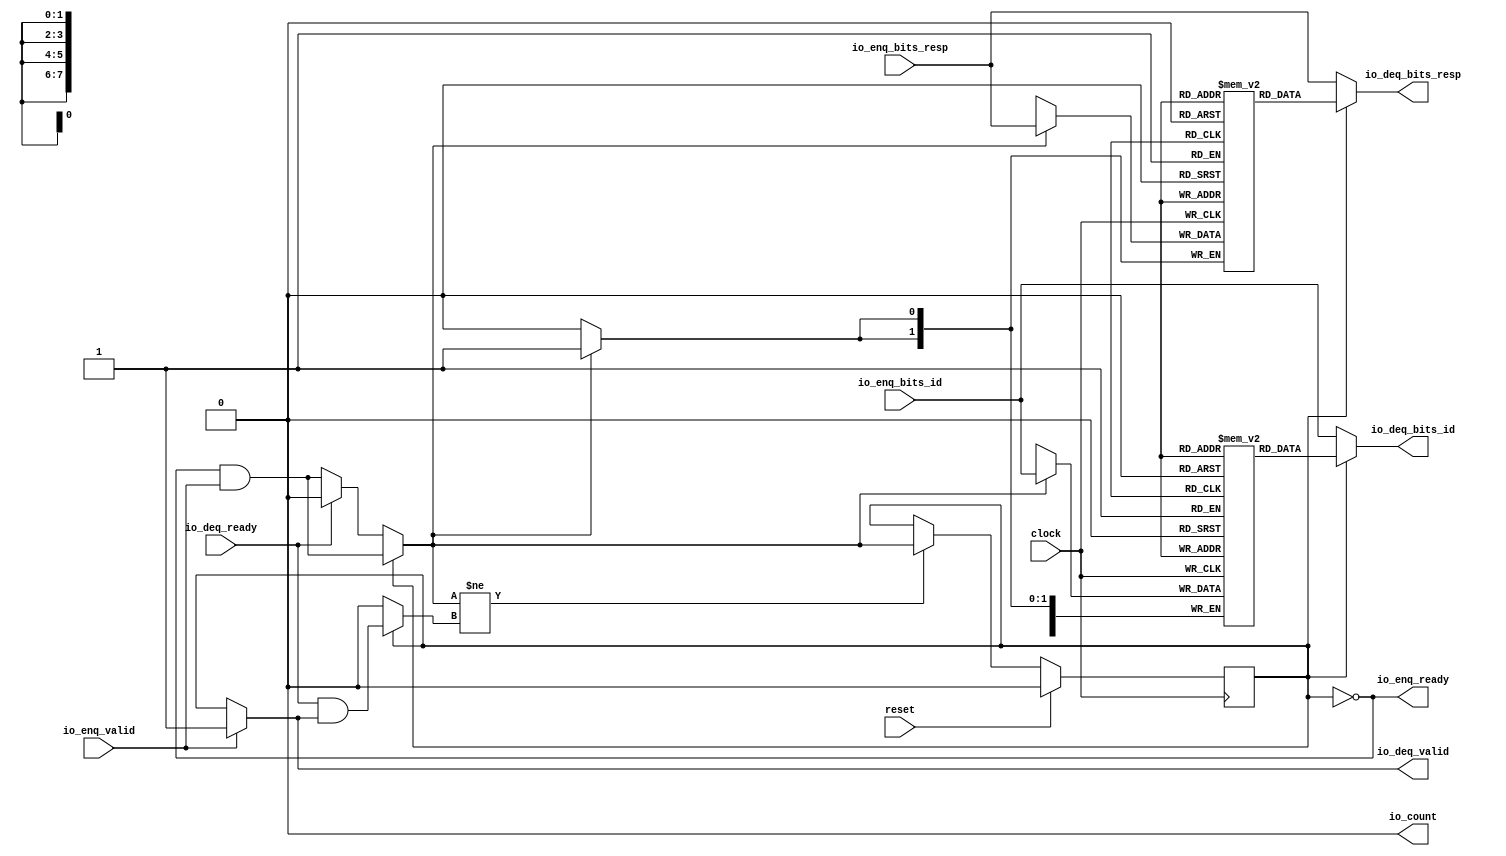
module Queue_23(
  input   clock,
  input   reset,
  output  io_enq_ready,
  input   io_enq_valid,
  input  [7:0] io_enq_bits_id,
  input  [1:0] io_enq_bits_resp,
  input   io_deq_ready,
  output  io_deq_valid,
  output [7:0] io_deq_bits_id,
  output [1:0] io_deq_bits_resp,
  output  io_count
);
  reg [7:0] ram_id [0:0];
  reg [31:0] _GEN_0;
  wire [7:0] ram_id__T_62_data;
  wire  ram_id__T_62_addr;
  wire [7:0] ram_id__T_51_data;
  wire  ram_id__T_51_addr;
  wire  ram_id__T_51_mask;
  wire  ram_id__T_51_en;
  reg [1:0] ram_resp [0:0];
  reg [31:0] _GEN_1;
  wire [1:0] ram_resp__T_62_data;
  wire  ram_resp__T_62_addr;
  wire [1:0] ram_resp__T_51_data;
  wire  ram_resp__T_51_addr;
  wire  ram_resp__T_51_mask;
  wire  ram_resp__T_51_en;
  reg  maybe_full;
  reg [31:0] _GEN_2;
  wire  _T_45;
  wire  _T_48;
  wire  do_enq;
  wire  _T_49;
  wire  do_deq;
  wire  _T_56;
  wire  _GEN_5;
  wire  _T_58;
  wire  _GEN_6;
  wire  _GEN_7;
  wire [7:0] _GEN_8;
  wire [1:0] _GEN_9;
  wire  _GEN_10;
  wire  _GEN_11;
  wire [1:0] _T_68;
  wire  _T_69;
  wire [1:0] _T_71;
  assign io_enq_ready = _T_45;
  assign io_deq_valid = _GEN_6;
  assign io_deq_bits_id = _GEN_8;
  assign io_deq_bits_resp = _GEN_9;
  assign io_count = _T_71[0];
  assign ram_id__T_62_addr = 1'h0;
  assign ram_id__T_62_data = ram_id[ram_id__T_62_addr];
  assign ram_id__T_51_data = io_enq_bits_id;
  assign ram_id__T_51_addr = 1'h0;
  assign ram_id__T_51_mask = do_enq;
  assign ram_id__T_51_en = do_enq;
  assign ram_resp__T_62_addr = 1'h0;
  assign ram_resp__T_62_data = ram_resp[ram_resp__T_62_addr];
  assign ram_resp__T_51_data = io_enq_bits_resp;
  assign ram_resp__T_51_addr = 1'h0;
  assign ram_resp__T_51_mask = do_enq;
  assign ram_resp__T_51_en = do_enq;
  assign _T_45 = maybe_full == 1'h0;
  assign _T_48 = io_enq_ready & io_enq_valid;
  assign do_enq = _GEN_11;
  assign _T_49 = io_deq_ready & io_deq_valid;
  assign do_deq = _GEN_10;
  assign _T_56 = do_enq != do_deq;
  assign _GEN_5 = _T_56 ? do_enq : maybe_full;
  assign _T_58 = _T_45 == 1'h0;
  assign _GEN_6 = io_enq_valid ? 1'h1 : _T_58;
  assign _GEN_7 = io_deq_ready ? 1'h0 : _T_48;
  assign _GEN_8 = _T_45 ? io_enq_bits_id : ram_id__T_62_data;
  assign _GEN_9 = _T_45 ? io_enq_bits_resp : ram_resp__T_62_data;
  assign _GEN_10 = _T_45 ? 1'h0 : _T_49;
  assign _GEN_11 = _T_45 ? _GEN_7 : _T_48;
  assign _T_68 = 1'h0 - 1'h0;
  assign _T_69 = _T_68[0:0];
  assign _T_71 = {maybe_full,_T_69};
`ifdef RANDOMIZE
  integer initvar;
  initial begin
    `ifndef verilator
      #0.002 begin end
    `endif
  _GEN_0 = {1{$random}};
  `ifdef RANDOMIZE_MEM_INIT
  for (initvar = 0; initvar < 1; initvar = initvar+1)
    ram_id[initvar] = _GEN_0[7:0];
  `endif
  _GEN_1 = {1{$random}};
  `ifdef RANDOMIZE_MEM_INIT
  for (initvar = 0; initvar < 1; initvar = initvar+1)
    ram_resp[initvar] = _GEN_1[1:0];
  `endif
  `ifdef RANDOMIZE_REG_INIT
  _GEN_2 = {1{$random}};
  maybe_full = _GEN_2[0:0];
  `endif
  end
`endif
  always @(posedge clock) begin
    if(ram_id__T_51_en & ram_id__T_51_mask) begin
      ram_id[ram_id__T_51_addr] <= ram_id__T_51_data;
    end
    if(ram_resp__T_51_en & ram_resp__T_51_mask) begin
      ram_resp[ram_resp__T_51_addr] <= ram_resp__T_51_data;
    end
    if (reset) begin
      maybe_full <= 1'h0;
    end else begin
      if (_T_56) begin
        maybe_full <= do_enq;
      end
    end
  end
endmodule